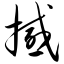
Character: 撼